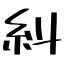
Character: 糾